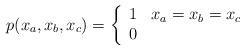
LaTeX: \begin{align*}p(x_a,x_b,x_c) = \left\{ \begin{array}{ll}1 & x_a=x_b=x_c\\0 & \end{array} \right. \end{align*}